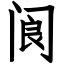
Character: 阆